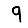
Digit: 9